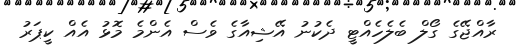
ރާއްޖޭގެ ގޯލް ބެލެހެއްޓީ ދެކުނު އޭޝިއާގެ ވެސް އެންމެ މޮޅު އެއް ކީޕަރު